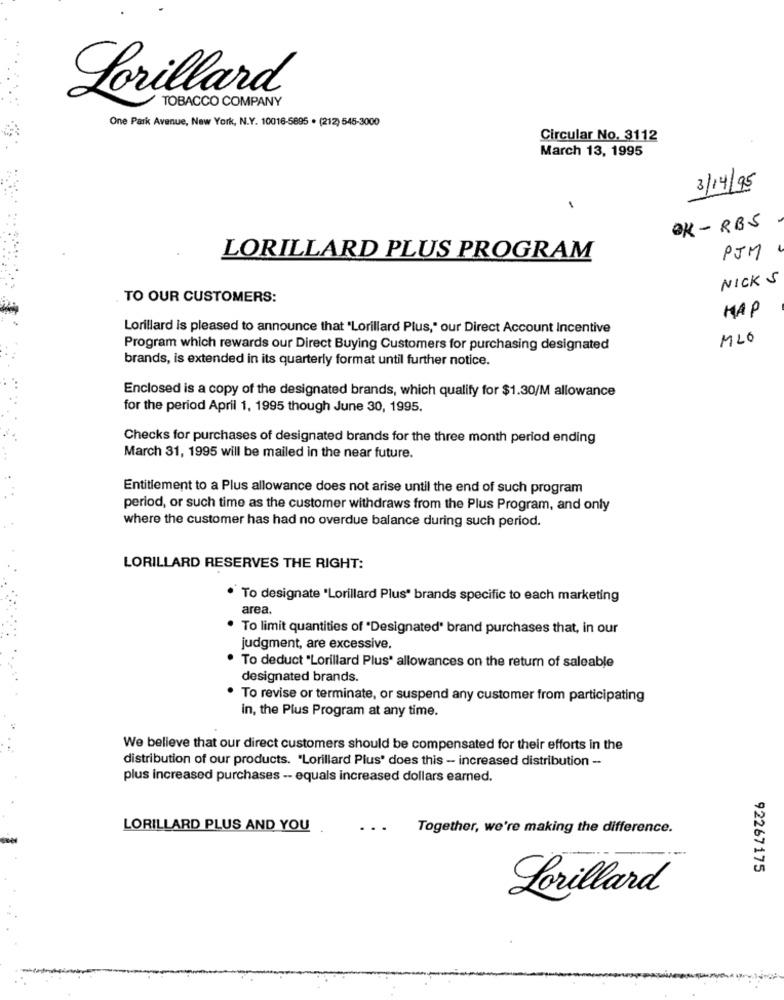
Lorillard
TOBACCO COMPANY
One Park Avenue, New York, N.Y. 10016-5895 . (212) 545-3000
Circular No. 3112
March 13, 1995
3/14/95
1
OK - RBS
LORILLARD PLUS PROGRAM
PJM
NICK S
TO OUR CUSTOMERS:
HAP
Lorillard is pleased to announce that "Lorillard Plus," our Direct Account Incentive
MLO
Program which rewards our Direct Buying Customers for purchasing designated
brands, is extended in its quarterly format until further notice.
Enclosed is a copy of the designated brands, which qualify for $1.30/M allowance
for the period April 1, 1995 though June 30, 1995.
Checks for purchases of designated brands for the three month period ending
March 31, 1995 will be mailed in the near future.
Entitlement to a Plus allowance does not arise until the end of such program
period, or such time as the customer withdraws from the Plus Program, and only
where the customer has had no overdue balance during such period.
LORILLARD RESERVES THE RIGHT:
. To designate "Lorillard Plus' brands specific to each marketing
area.
To limit quantities of "Designated" brand purchases that, in our
judgment, are excessive.
To deduct "Lorillard Plus' allowances on the return of saleable
designated brands.
· To revise or terminate, or suspend any customer from participating
in, the Plus Program at any time.
We believe that our direct customers should be compensated for their efforts in the
distribution of our products. "Lorillard Plus' does this - increased distribution -
plus increased purchases -- equals increased dollars earned.
LORILLARD PLUS AND YOU
..
Together, we're making the difference.
92267175
Lorillard